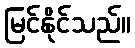
မြင်နိုင်သည်။